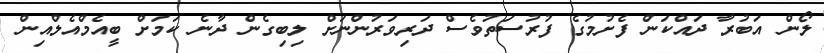
ލޯން އަބުރާ ދައްކަން ފެށުމުގެ ފުރުސަތުވެސް ދަރިވަރުންނަށް ލިބިގެން ދާނެ ކަމަށް ބީއެމްއެލްއިން